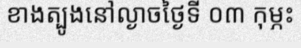
ខាងត្បូងនៅល្ងាចថ្ងៃទី ០៣ កុម្ភះ